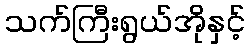
သက်ကြီးရွယ်အိုနှင့်